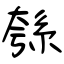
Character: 綔